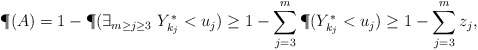
\begin{align*}\P(A) = 1 - \P( \exists_{m \ge j \ge 3} \ Y_{k_j}^* < u_j) \ge 1 - \sum_{j=3}^{m} \P( Y_{k_j}^* < u_j) \ge 1 - \sum_{j=3}^{m} z_j,\end{align*}